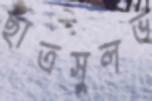
ছাত্রসুলভ